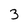
Character: 3